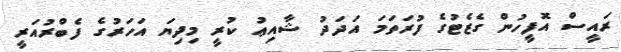
ރައީސް އޮފީހުން ގެޒެޓުގެ ފުރަތަމަ އަދަދު ޝާއިޢު ކުރީ މިދިޔަ އަހަރުގެ ފެބްރުއަރީ